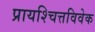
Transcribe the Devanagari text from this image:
प्रायश्चित्तविवेक